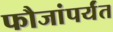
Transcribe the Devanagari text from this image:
फौजांपर्यंत